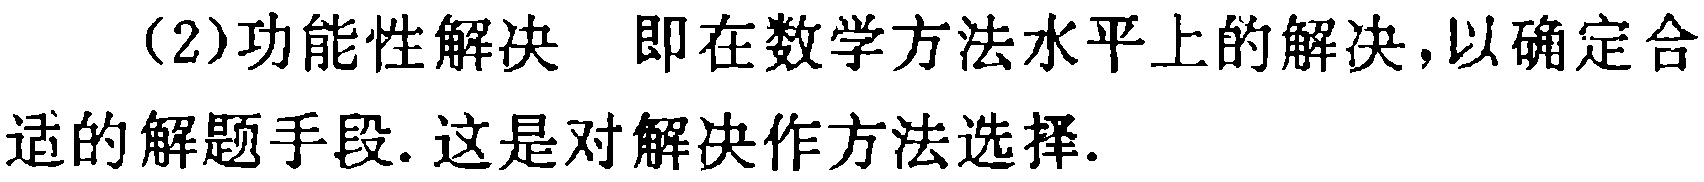
（2）功能性解决 即在数学方法水平上的解决，以确定合适的解题手段. 这是对解决作方法选择.